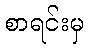
စာရင်းမှ